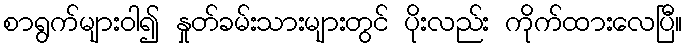
စာရွက်များဝါ၍ နှုတ်ခမ်းသားများတွင် ပိုးလည်း ကိုက်ထားလေပြီ။